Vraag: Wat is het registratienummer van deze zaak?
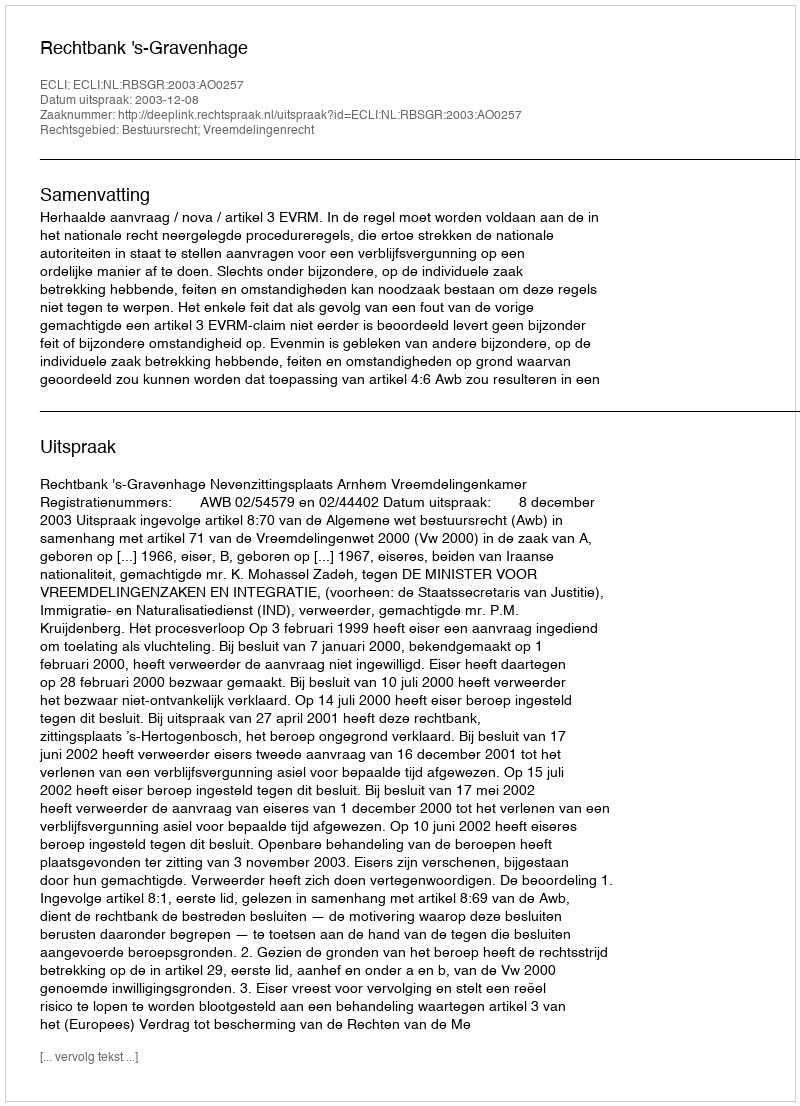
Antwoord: http://deeplink.rechtspraak.nl/uitspraak?id=ECLI:NL:RBSGR:2003:AO0257